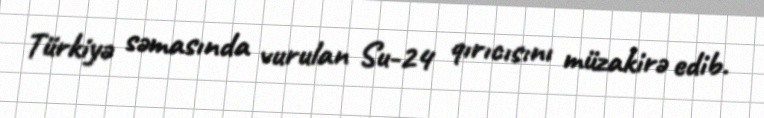
Türkiyə səmasında vurulan Su-24 qırıcısını müzakirə edib.